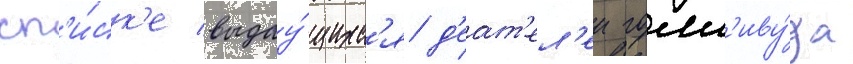
сп'и́ск'е выдау́щихс'я д'еат'ел'еи голл'иву́да